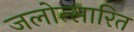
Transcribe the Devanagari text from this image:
जलोत्सारित